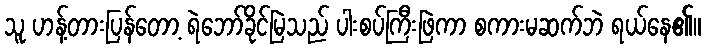
သူ ဟန့်တားပြန်တော့ ရဲဘော်ခိုင်မြဲသည် ပါးစပ်ကြီးဖြဲကာ စကားမဆက်ဘဲ ရယ်နေ၏။